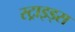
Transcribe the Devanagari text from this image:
स्ट्राइड्स